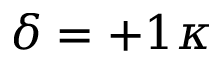
\delta = + 1 \kappa